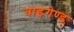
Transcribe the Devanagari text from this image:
वाइगेण्ड